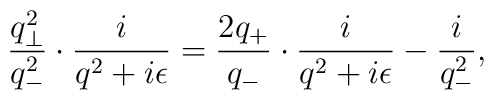
\frac{q_{\bot}^2}{q_-^2}\cdot \frac{i}{q^2+i{\epsilon}}=\frac{2q_+}{q_-}\cdot \frac{i}{q^2+i{\epsilon}}-\frac{i}{q_-^2},